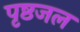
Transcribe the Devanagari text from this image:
पृष्ठजल